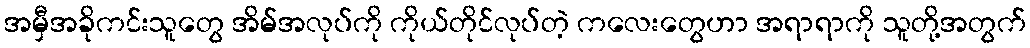
အမှီအခိုကင်းသူတွေ အိမ်အလုပ်ကို ကိုယ်တိုင်လုပ်တဲ့ ကလေးတွေဟာ အရာရာကို သူတို့အတွက်